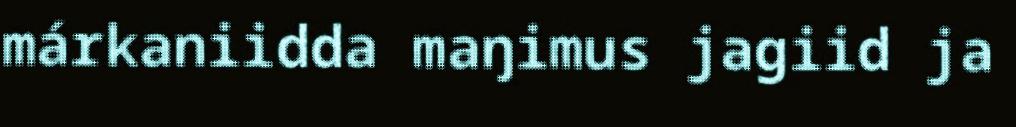
márkaniidda maŋimus jagiid ja